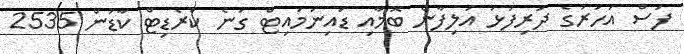
ފަސް އަހަރުގެ ދަރިފުޅު އަލިފާން ބޮމާއި ޑައިނަމައިޓް ގަނެ ކްރެޑިޓް ކާޑުން 2535